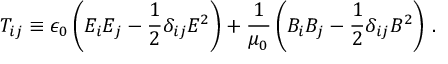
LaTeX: T _ { i j } \equiv \epsilon _ { 0 } \left( E _ { i } E _ { j } - { \frac { 1 } { 2 } } \delta _ { i j } E ^ { 2 } \right) + { \frac { 1 } { \mu _ { 0 } } } \left( B _ { i } B _ { j } - { \frac { 1 } { 2 } } \delta _ { i j } B ^ { 2 } \right) \, .